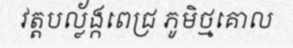
វត្តបល្ល័ង្កពេជ្រ ភូមិថ្មគោល